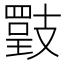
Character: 𢻡